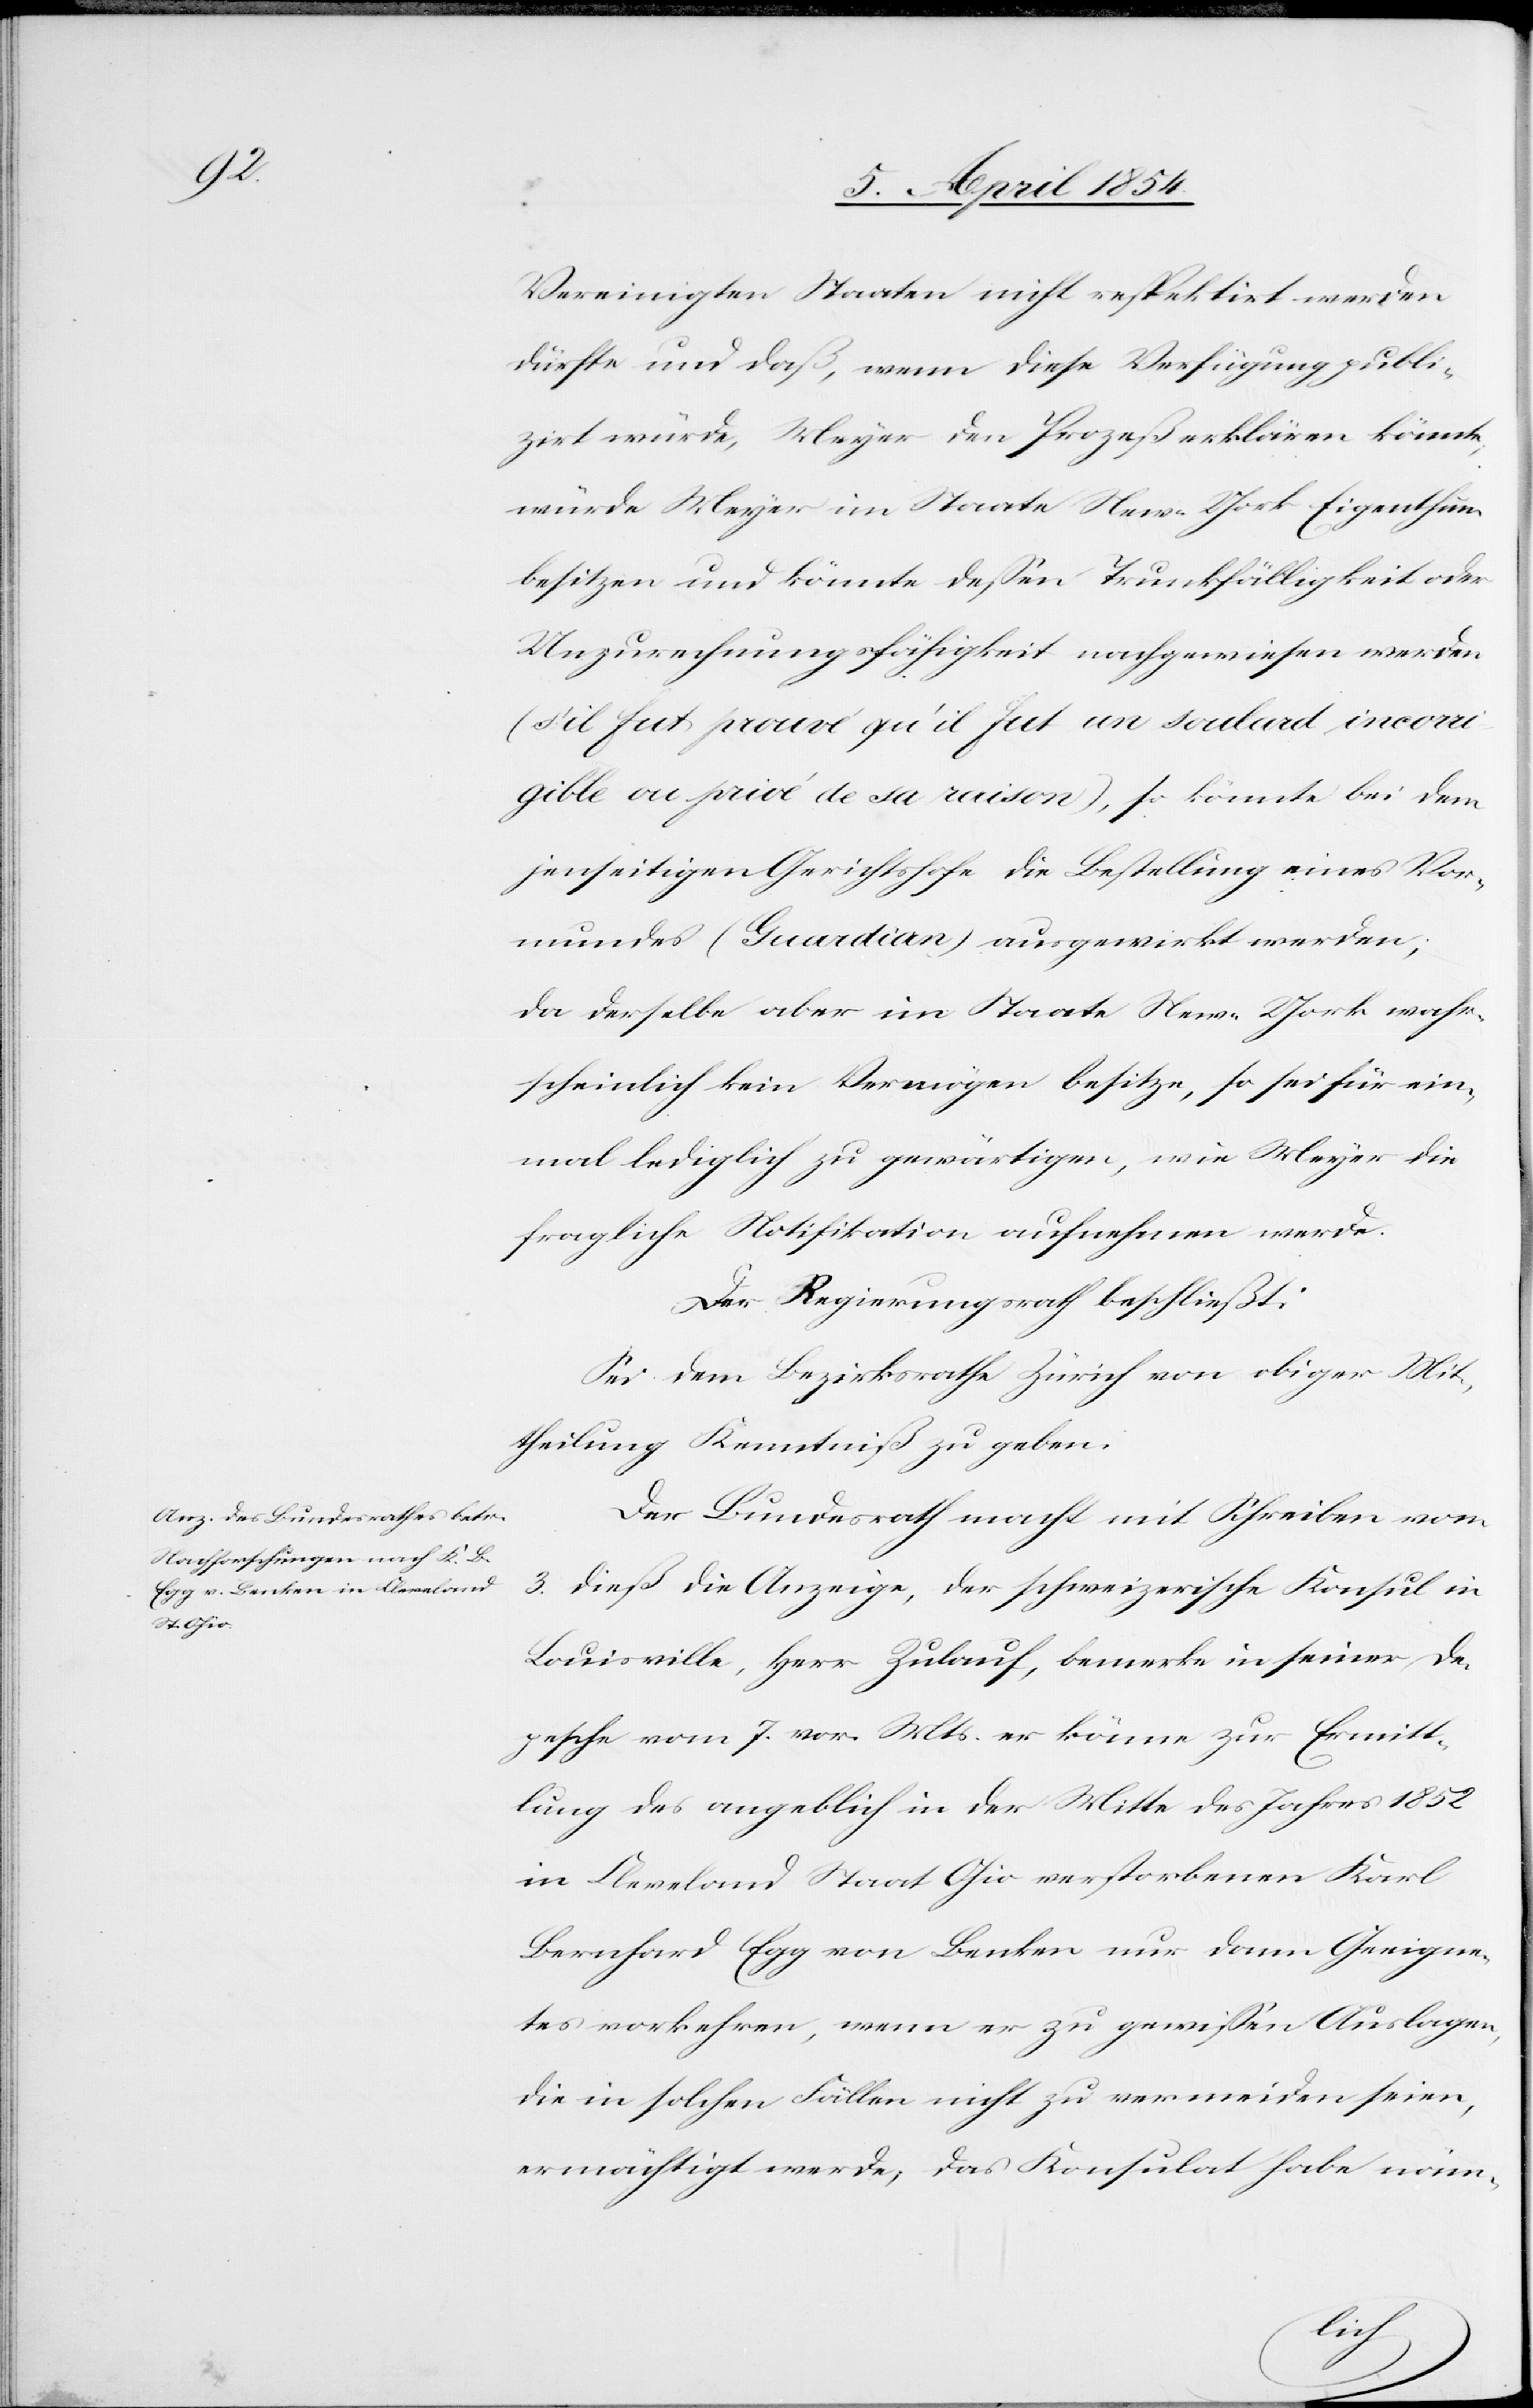
incorri¬

Vereinigten Staaten nicht respektirt werden
dürfte und daß, wenn diese Verfügung publi¬
zirt würde, Meyer den Prozeß erklären könnte;
würde Meyer im Staate New-York Eigenthum
besitzen und könnte deßen Trunkfälligkeit oder
Unzurechnungsfähigkeit nachgewiesen werden
gible ou privé de sa raison), so könnte bei dem
jenseitigen Gerichtshofe die Bestellung eines Vor¬
mundes (Guardian) ausgewirkt werden;
da derselbe aber im Staate New-York wahr¬
scheinlich kein Vermögen besitze, so sei für ein¬
mal lediglich zu gewärtigen, wie Meyer die
fragliche Notifikation aufnehmen werde.
Der Regierungsrath beschließt:
Sei dem Bezirksrath Zürich von obiger Mit¬
theilung Kenntniß zu geben.
Der Bundesrath macht mit Schreiben vom
3. dieß die Anzeige, der schweizerische Konsul in
Louisville, Herr Zulauf, bemerke in seiner De¬
pesche vom 7. vor. Mts er könne zur Ermitt¬
lung des angeblich in der Mitte des Jahres 1852
in Cleveland Staat Ohio verstorbenen Karl
Bernhard Egg von Benken nur dann Geneig¬
tes vorkehren, wenn er zu gewißen Auslagen,
die in solchen Fällen nicht zu vermeiden seien,
ermächtigt werde; das Konsulat habe näm-